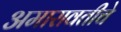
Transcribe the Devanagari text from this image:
अमारावतीचे